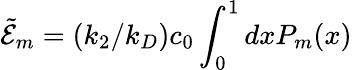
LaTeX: \tilde{\mathcal{E}}_{m}=(k_{2}/k_{D})c_{0}\int_{0}^{1}dxP_{m}(x)